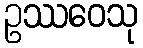
ဥဿဝေသု